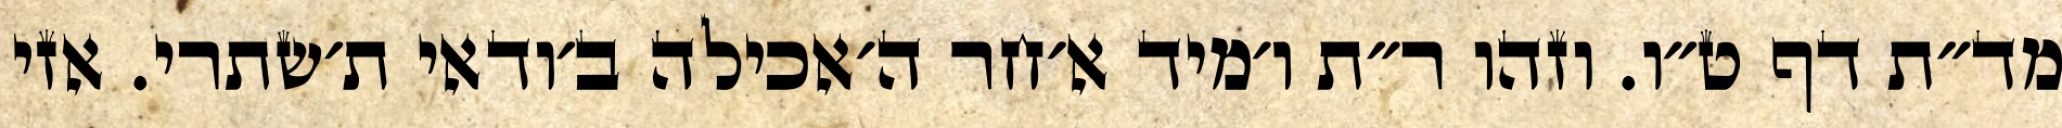
מד״ת דף ט״ו. וזהו ר״ת ו׳מיד א׳חר ה׳אכילה ב׳ודאי ת׳שתרי. אזי